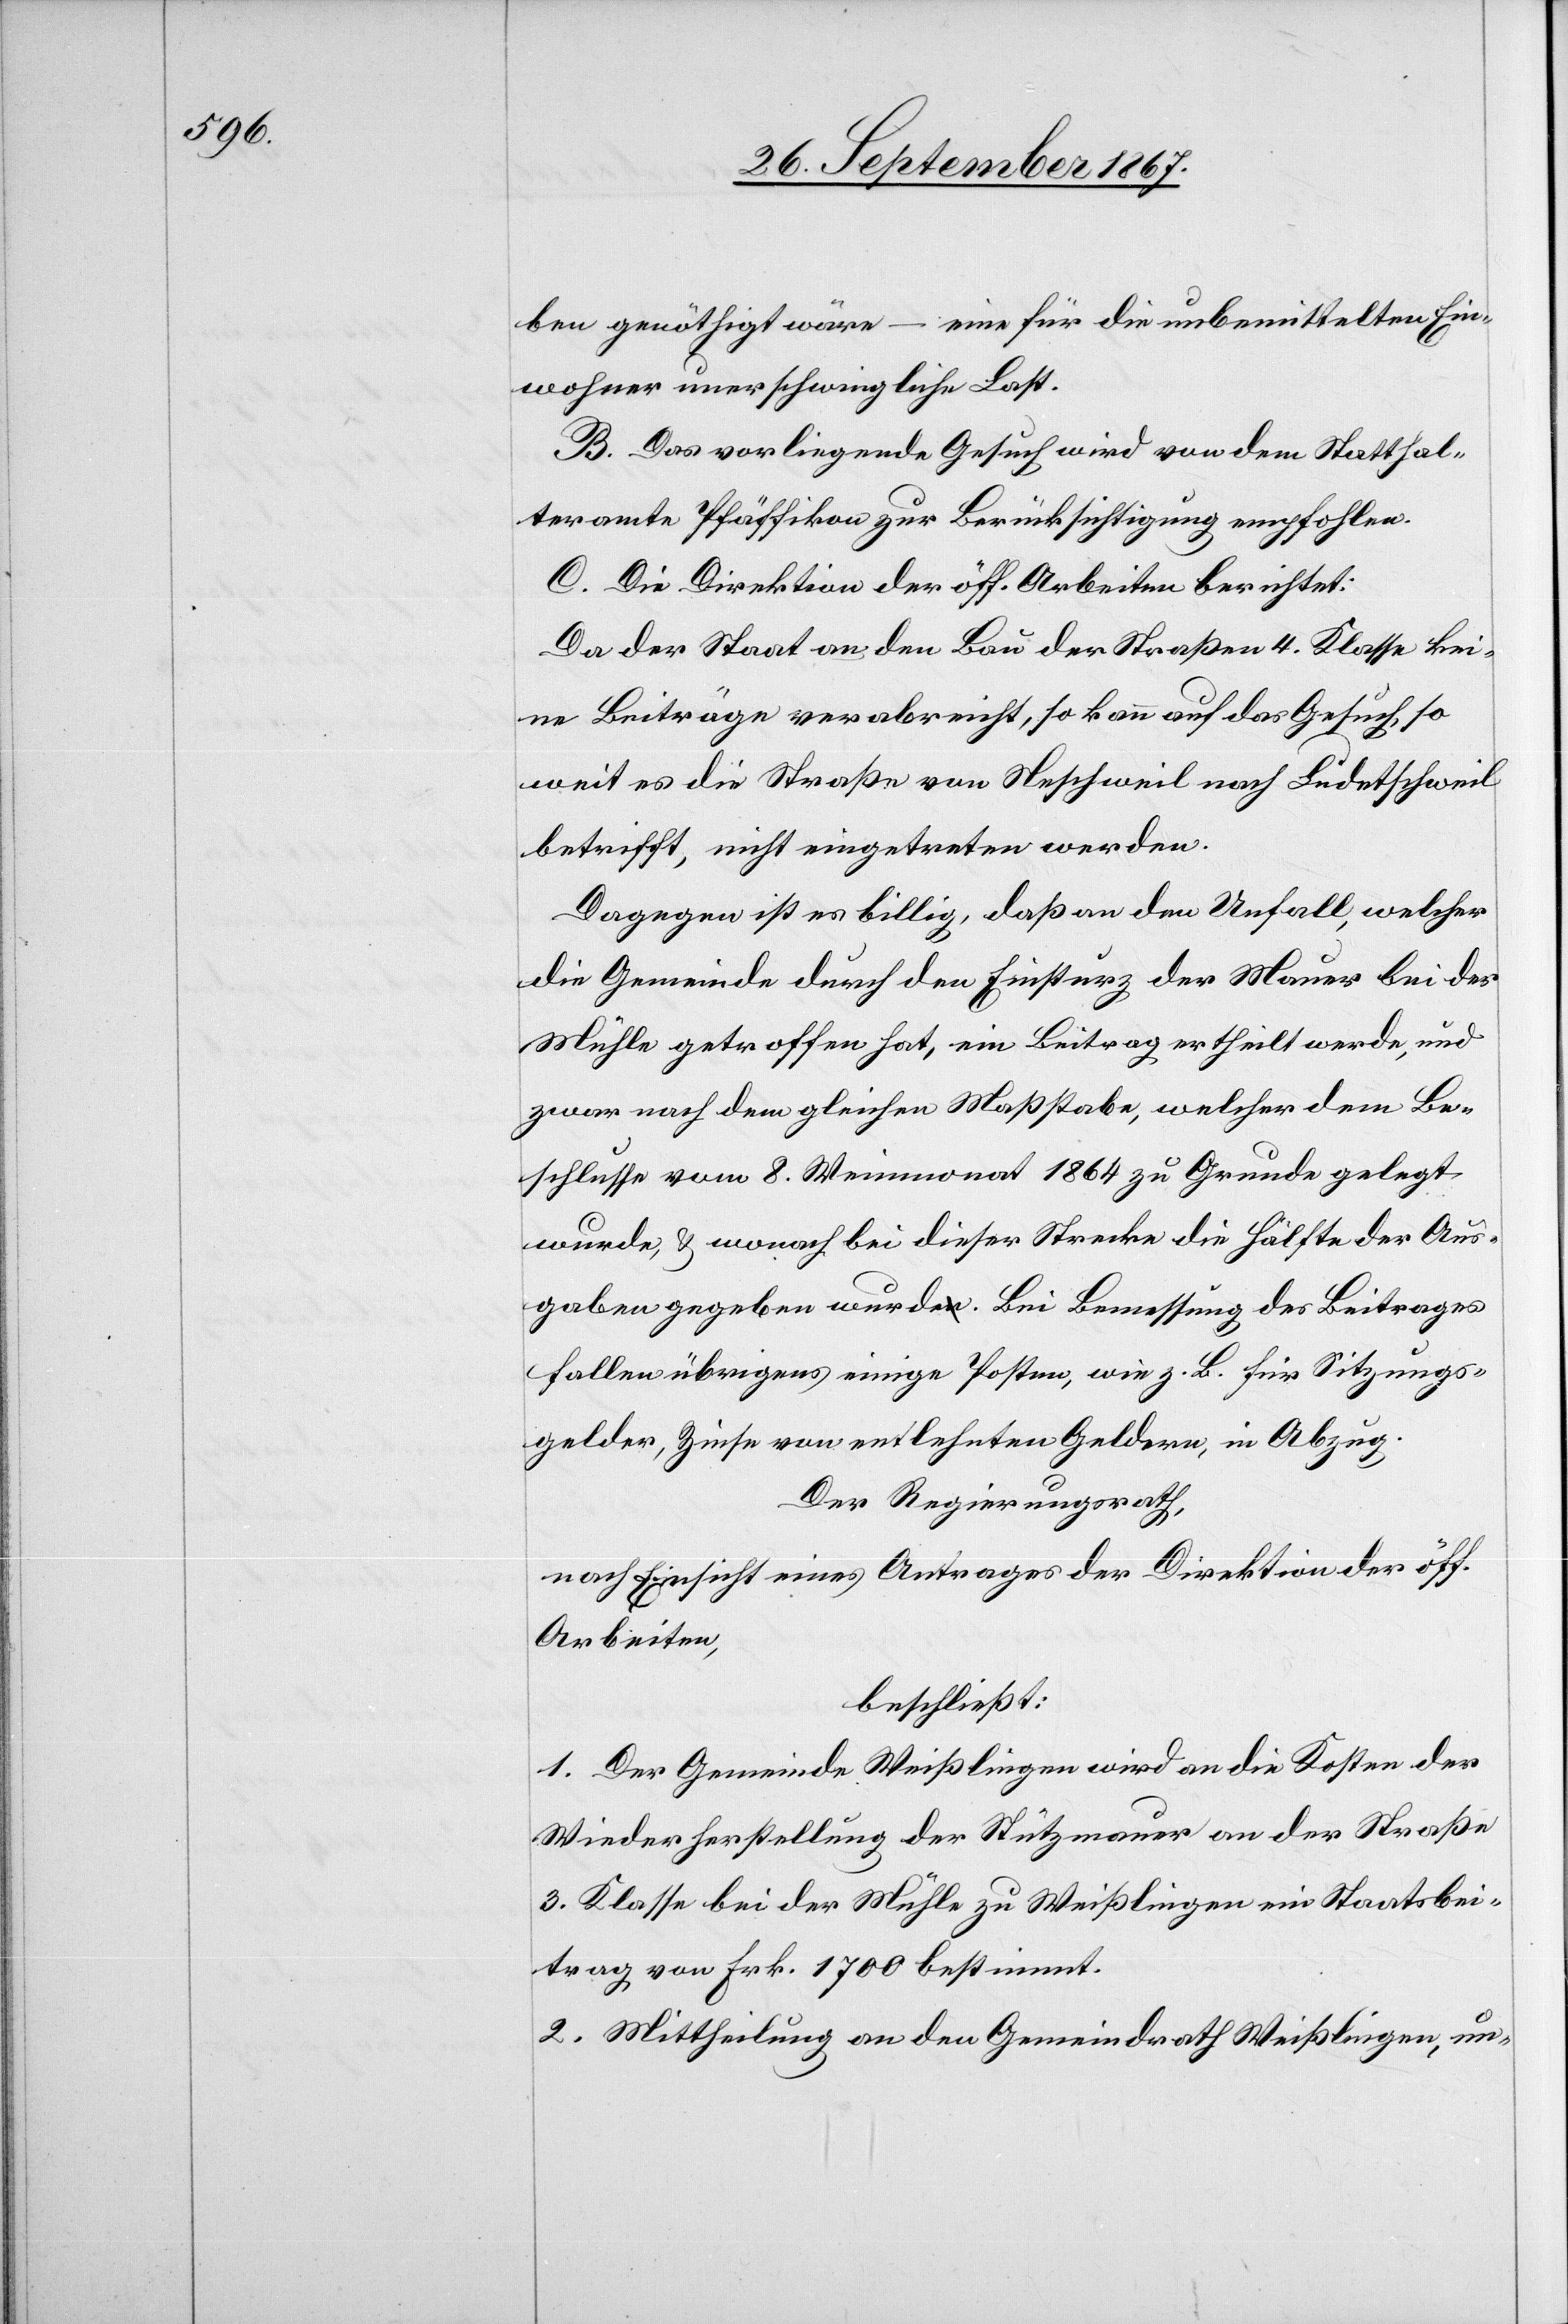
ben genöthigt wäre – eine für die unbemittelten Ein¬
wohner unerschwingliche Last.
B. Das vorliegende Gesuch wird von dem Statthal¬
teramte Pfäffikon zur Berücksichtigung empfohlen.
C. Die Direktion der öff. Arbeiten berichtet:
Da der Staat an den Bau der Straßen 4. Klasse kei¬
ne Beiträge verabreicht, so kann auf das Gesuch, so
weit es die Straße von Neschweil nach Ludetschweil
betrifft, nicht eingetreten werden.
Dagegen ist es billig, daß an den Unfall, welcher
die Gemeinde durch den Einsturz der Mauer bei der
Mühle getroffen hat, ein Beitrag ertheilt werde, und
zwar nach dem gleichen Maßstabe, welcher dem Be¬
schlusse vom 8. Weinmonat 1864 zu Grunde gelegt
wurde, u. wonach bei dieser Strecke die Hälfte der Aus¬
gaben gegeben wurde. Bei Bemessung des Beitrages
fallen übrigens einige Posten, wie z. B. für Sitzungs¬
gelder, Zinse von entlehnten Geldern, in Abzug.
Der Regierungsrath,
nach Einsicht eines Antrages der Direktion der öff.
Arbeiten,
beschließt:
1. Der Gemeinde Weißlingen wird an die Kosten der
Wiederherstellung der Stützmauer an der Straße
3. Klasse bei der Mühle zu Weißlingen ein Staatsbei¬
trag von Frk. 1700 bestimmt.
2. Mittheilung an den Gemeindrath Weißlingen, un-